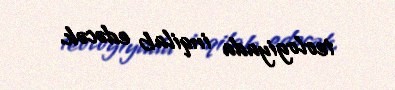
teologiyada inqilab edəcək.